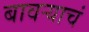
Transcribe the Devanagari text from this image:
बावऱ्याचं